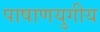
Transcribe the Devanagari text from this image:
पाषाणयुगीय